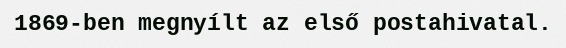
1869-ben megnyílt az első postahivatal.